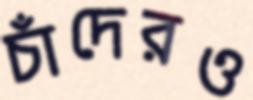
চাঁদেরও